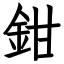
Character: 鉗